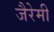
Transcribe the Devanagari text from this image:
जैरेमी